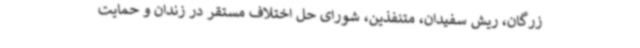
زرگان، ریش سفیدان، متنفذین، شورای حل اختلاف مستقر در زندان و حمایت